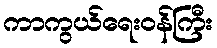
ကာကွယ်ရေးဝန်ကြီး